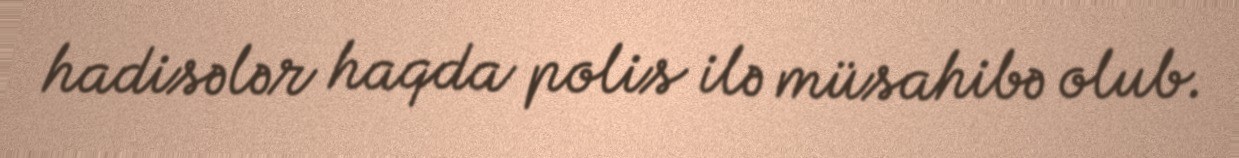
hadisələr haqda polis ilə müsahibə olub.